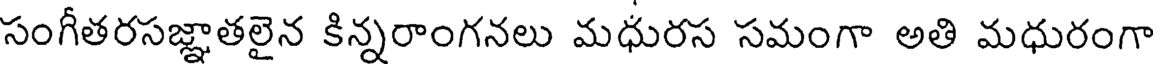
సంగీతరసజ్ఞాతలైన కిన్నరాంగనలు మధురస సమంగా అతి మధురంగా